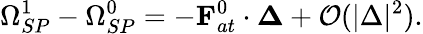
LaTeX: {\Omega}_{SP}^{1}-{\Omega}_{SP}^{0}=-{\mathbf F}_{at}^{0}\cdot{\mathbf\Delta}+\mathcal{O}(|\Delta|^{2}).